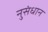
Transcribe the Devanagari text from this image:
नुसंधान